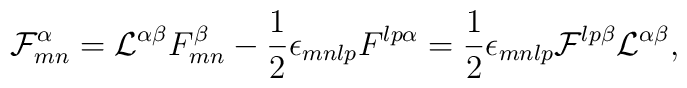
{\cal F}^\alpha_{mn}={\cal L}^{\alpha\beta}F^\beta_{mn}-{1\over 2}\epsilon_{mnlp}F^{lp\alpha}={1\over 2}\epsilon_{mnlp}{\cal F}^{lp\beta}{\cal L}^{\alpha\beta},